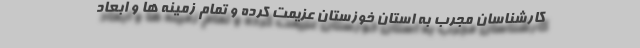
کارشناسان مجرب به استان خوزستان عزیمت کرده و تمام زمینه ها و ابعاد